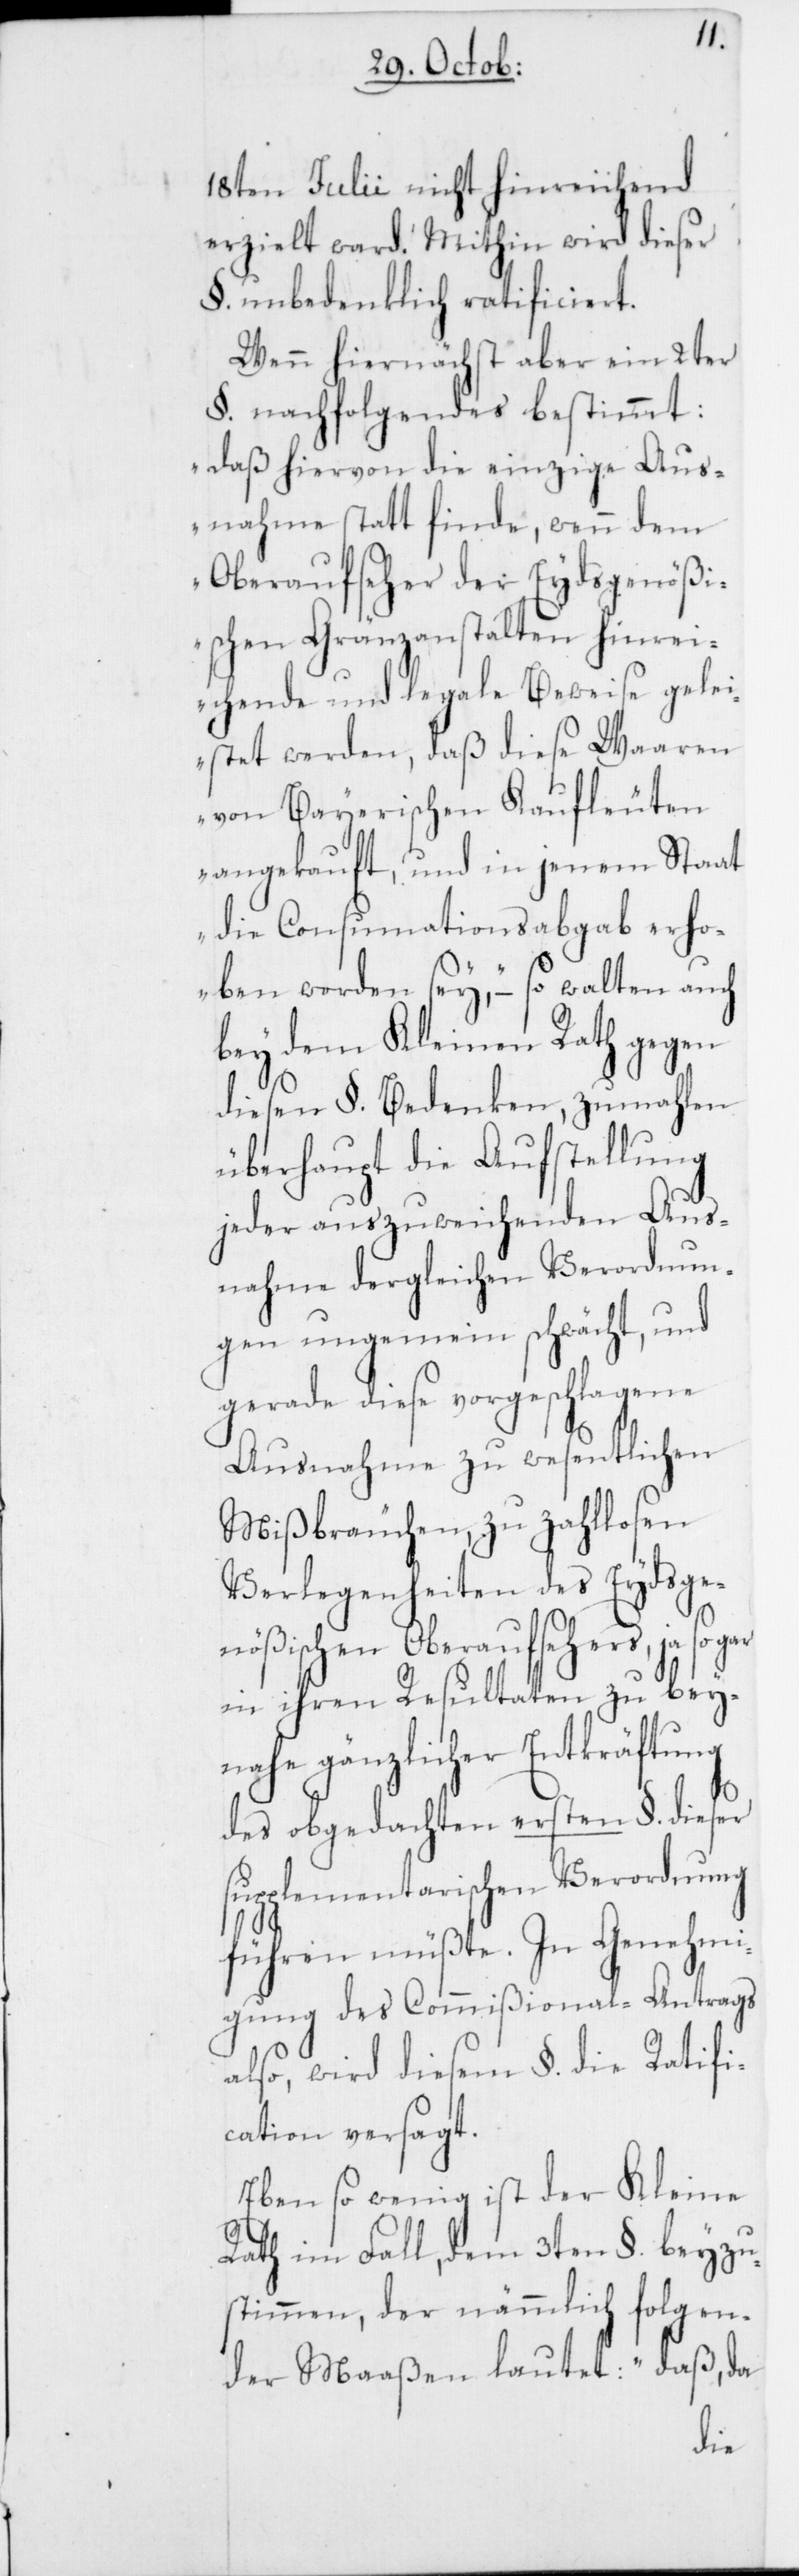
18ten Julii nicht hinreichend
erzielt ward. Mithin wird dieser
§. unbedenklich ratificiert.
Wenn hiernächst aber ein 2ter
§. nachfolgendes bestimmt:
„daß hiervon die einzige Aus¬
nahme statt finde, wenn dem
Oberaufseher der Eydsgenößi¬
schen Gränzanstalten hinrei¬
chende und legale Beweise gele¬
istet werden, daß diese Waaren
von Bayerischen Kaufleuten
angekauft, und in jenem Staat
die Consumationsabgabe erho¬
ben worden sey, – so walten auch
bey dem Kleinen Rath gegen
diesen §. Bedenken, zumahlen
überhaupt die Aufstellung
jeder auszuweichenden Aus¬
nahme dergleichen Verordnun¬
gen ungemein schwächt, und
gerade diese vorgeschlagene
Ausnahme zu wesentlichen
Mißbräuchen, zu zahllosen
Verlegenheiten des Eydsge¬
nößischen Oberaufsehers, ja
in ihren Resultaten zu bey¬
nahe gänzlicher Entkräftung
des obgedachten ersten §. dieser
supplementarischen Verordnung
führen müßte. In Genehmi¬
gung des Commißional-Antrags
also, wird diesem §. die Ratifi¬
cation versagt.
Eben so wenig ist der Kleine
Rath im Fall, dem 3ten §. beyzu¬
stimmen, der nämmlich folgen¬
der Maaßen lautet: „daß, da